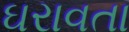
ઘરાવતા